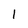
Character: 1